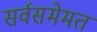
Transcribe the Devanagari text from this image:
सर्वसमेमत